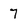
Character: 7